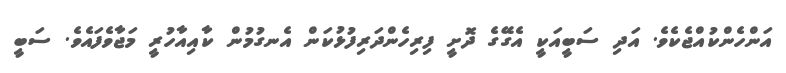
އަންހެންކުއްޖެކެވެ. އަދި ސަބީއަކީ އެގޭގެ ދޮށީ ފިރިހެންދަރިފުޅުކަން އެނގުމުން ކާއިއާހުރީ މަޖާވެފައެވެ. ސަބީ